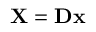
\mathbf { X } = \mathbf { D } \mathbf { x }